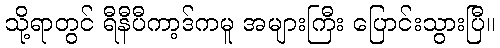
သို့ရာတွင် ရီနီပီကာ့ဒ်ကမူ အများကြီး ပြောင်းသွားပြီ။